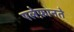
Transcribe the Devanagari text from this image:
एलेफ़ानते